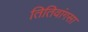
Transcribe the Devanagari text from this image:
तितिवांगसा